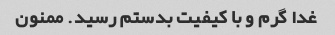
غدا گرم و با کیفیت بدستم رسید. ممنون